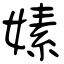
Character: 嫊